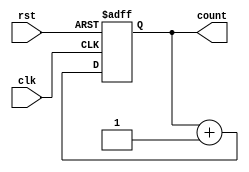
module synchronous_counter (input wire clk,   // clock input
                             input wire rst,   // reset input
                             output reg [3:0] count); // 4-bit count output

    // define internal signals
    reg [3:0] next_count; // next count value

    // synchronous logic for counter
    always @(posedge clk or posedge rst)
    begin
        if (rst) begin
            next_count <= 4'b0000; // reset count value to 0
        end else begin
            next_count <= count + 1; // increment count by 1
        end
    end

    // output logic
    always @(*)
    begin
        count <= next_count; // update count value
    end

endmodule